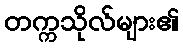
တက္ကသိုလ်များ၏